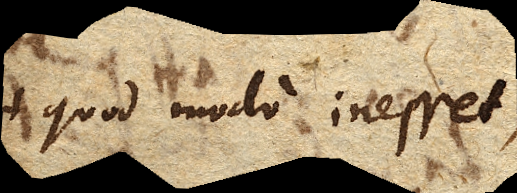
quod modo inesset,